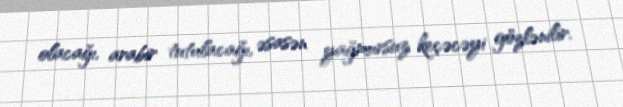
olacağı, arabir tutulacağı, əsasən yağmursuz keçəcəyi gözlənilir.